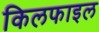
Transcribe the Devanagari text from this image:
किलफाइल